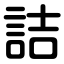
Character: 詰